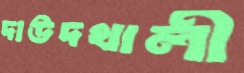
দাউদখালী